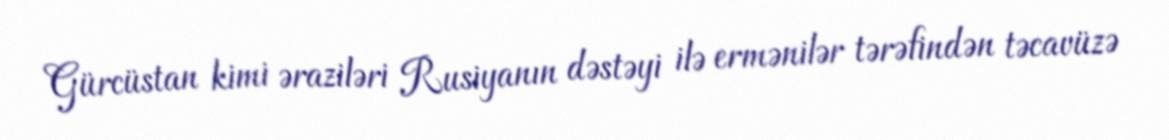
Gürcüstan kimi əraziləri Rusiyanın dəstəyi ilə ermənilər tərəfindən təcavüzə